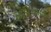
ઘોડીયાલ